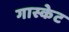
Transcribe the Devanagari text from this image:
गास्केट